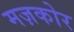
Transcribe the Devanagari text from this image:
मज़कोर